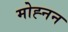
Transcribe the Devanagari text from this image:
मोह्नन